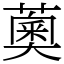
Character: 薁